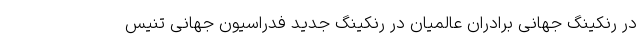
در رنکینگ جهانی برادران عالمیان در رنکینگ جدید فدراسیون جهانی تنیس